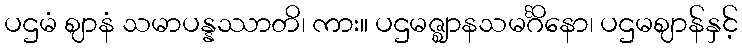
ပဌမံ ဈာနံ သမာပန္နဿာတိ၊ ကား။ ပဌမဇ္ဈာနသမင်္ဂိနော၊ ပဌမဈာန်နှင့်